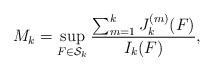
LaTeX: \begin{align*}M_k=\sup_{F\in\mathcal{S}_k}\frac{\sum_{m=1}^kJ^{(m)}_k(F)}{I_k(F)},\end{align*}